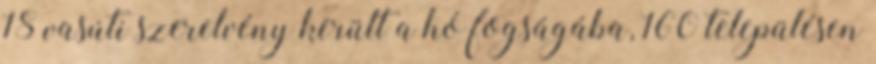
18 vasúti szerelvény került a hó fogságába, 160 településen